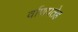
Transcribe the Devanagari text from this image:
र्वाणपतेह